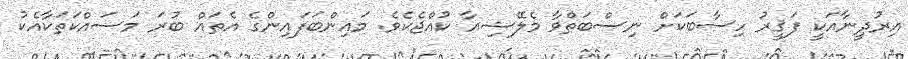
އިރުދީނާއަކީ ފަޤީރު ހިސާބަކަށް ނިސްބަތްވާ މެލޭޝިއާ ކުއްޖެކެވެ. މައިންބަފައިންގެ އެތައް ބުރަ މަސައްކަތަކާއެކު